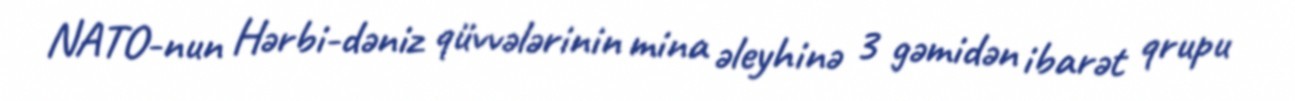
NATO-nun Hərbi-dəniz qüvvələrinin mina əleyhinə 3 gəmidən ibarət qrupu